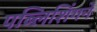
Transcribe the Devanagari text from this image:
पब्लिशिंगने